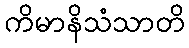
ကိမာနိသံသာတိ